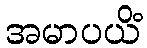
အမာပယိံ